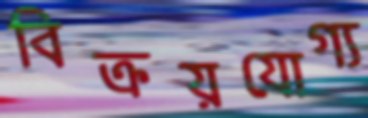
বিক্রয়যোগ্য